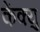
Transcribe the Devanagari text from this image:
केंक्यु